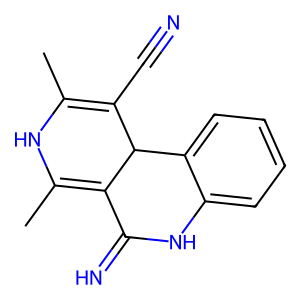
SMILES: CC1=C(C#N)C2C(=C(C)N1)C(=N)Nc1ccccc12
Inhibits HIV replication: No